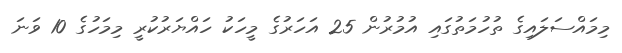
މިމައްސަލައިގެ ތުހުމަތުގައި އުމުރުން 25 އަހަރުގެ މީހަކު ހައްޔަރުކުރީ މިމަހުގެ 10 ވަނަ